Indian journal of veterinary science and animal husbandry - Volume 4,
Year: 1934
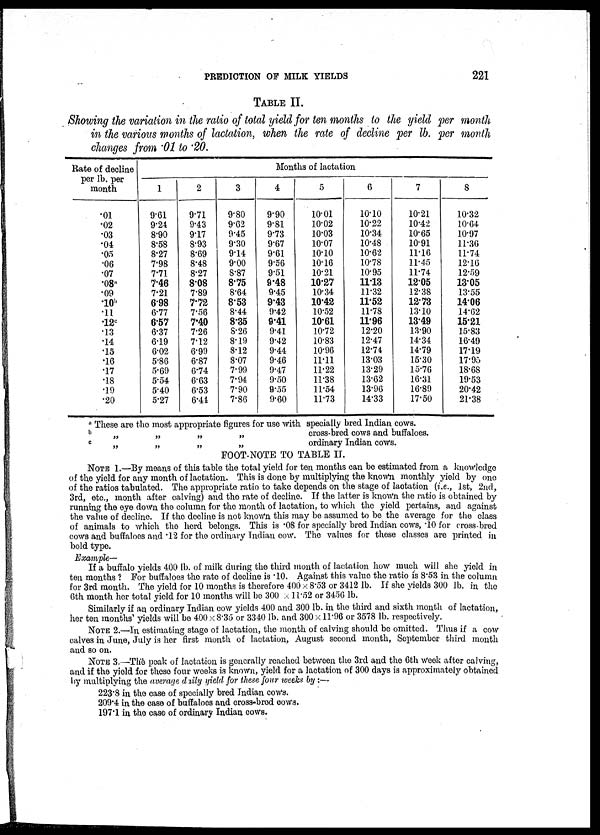
PREDICTION OF MILK YIELDS
221
TABLE II
Showing the variation in the ratio of total yield for ten months to the yield per month
in the various months of lactation, when the rate of decline per lb. per month
changes from .01 to .20.
Rate of decline
per lb. per
month
.01
.02
.03
.04
.05
.06
.07
.08 a
.09
10 b
.11
.12 c
.13
.14
.15
.16
.17
.18
.19
.20
Months of lactation
1
9.61
9.24
8.90
8.58
8.27
7.98
7.71
7.46
7.21
6.98
6.77
6.57
6.37
6.19
6.02
5.86
5.69
5.54
5.40
5.27
2
9.71
9.43
9.17
8.93
8.69
8.48
8.27
8.08
7.89
7.72
7.56
7.40
7.26
7.12
6.99
6.87
6.74
6.63
6.53
6.44
3
9.80
9.62
9.45
9.30
9.14
9.00
8.87
8.75
8.64
8.53
8.44
8.35
8.26
8.19
8.12
8.07
7.99
7.94
7.90
7.86
4
9.90
9.81
9.73
9.67
9.61
9.56
9.51
9.48
9.45
9.43
9.42
9.41
9.41
9.42
9.44
9.46
9.47
9.50
9.55
9.60
5
10.01
10.02
10.03
10.07
10.10
10.16
10.21
10.27
10.34
10.42
10.52
10.61
10.72
10.83
10.96
11.11
11.22
11.38
11.54
11.73
6
10.10
10.22
10.34
10.48
10.62
10.78
10.95
11.13
11.32
11.52
11.78
11.96
12.20
12.47
12.74
13.03
13.29
13.62
13.96
14.33
7
10.21
10.42
10.65
10.91
11.16
11.45
11.74
12.05
12.38
12.73
13.10
13.49
13.90
14.34
14.79
15.30
15.76
16.31
16.89
17.50
8
10.32
10.64
10.97
11.36
11.74
12.16
12.59
13.05
13.55
14.06
14.62
15.21
15.83
16.49
17.19
17.95
18.68
19.53
20.42
21.38
a
b
c
These are the most appropriate figures for use with specially bred Indian cows.
„
„
„
„
„ „
„ „
cross-bred cows and buffaloes.
ordinary Indian cows.
FOOT-NOTE TO TABLE II.
NOTE 1.—By means of this table the total yield for ten months can be estimated from a knowledge
of the yield for any month of lactation. This is done by multiplying the known monthly yield by one
of the ratios tabulated. The appropriate ratio to take depends on the stage of lactation (i.e., 1st, 2nd,
3rd, etc., month after calving) and the rate of decline. If the latter is known the ratio is obtained by
running the eye down the column for the month of lactation, to which the yield pertains, and against
the value of decline. If the decline is not known this may be assumed to be the average for the class
of animals to which the herd belongs. This is .08 for specially bred Indian cows, .10 for cross-bred
cows and buffaloes and .12 for the ordinary Indian cow. The values for these classes are printed in
bold type.
Example—
If a buffalo yields 400 lb. of milk during the third month of lactation how much will she yield in
ten months ? For buffaloes the rate of decline is .10. Against this value the ratio is 8.53 in the column
for 3rd month. The yield for 10 months is therefore 400 × 8.53 or 3412 lb. If she yields 300 lb. in the
6th month her total yield for 10 months Will be 300 × 11.52 or 3456 lb.
Similarly if an ordinary Indian cow yields 4.00 and 300 lb. in the third and sixth month of lactation,
her ten months. yields will be 400 × 8.35 or 3340 lb. and 300 × 11.96 or 3578 lb. respectively.
NOTE 2.—In estimating stage of lactation, the month of calving should be omitted. Thus if a cow
calves in June, July is her first month of lactation, August second month, September third month
and so on.
NOTE 3.—The peak of lactation is generally reached between the 3rd and the 6th week after calving,
and if the yield for these four weeks is known, yield for a lactation of 300 days is approximately obtained
by multiplying the average daily yield for these four weeks by :—
223.8 in the case of specially bred Indian cows.
209.4 in the case of buffaloes and cross-bred cows.
197.1 in the case of ordinary Indian cows.